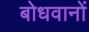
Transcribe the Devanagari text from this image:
बोधवानों